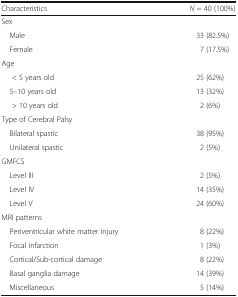
<table><thead><tr><td><b>Characteristics</b></td><td><b><i>N</i> = 40 (100%)</b></td></tr></thead><tbody><tr><td colspan="2">Sex</td></tr><tr><td> Male</td><td>33 (82.5%)</td></tr><tr><td> Female</td><td>7 (17.5%)</td></tr><tr><td colspan="2">Age</td></tr><tr><td>&lt; 5 years old</td><td>25 (62%)</td></tr><tr><td> 5–10 years old</td><td>13 (32%)</td></tr><tr><td>&gt; 10 years old</td><td>2 (6%)</td></tr><tr><td colspan="2">Type of Cerebral Palsy</td></tr><tr><td> Bilateral spastic</td><td>38 (95%)</td></tr><tr><td> Unilateral spastic</td><td>2 (5%)</td></tr><tr><td colspan="2">GMFCS</td></tr><tr><td> Level III</td><td>2 (5%)</td></tr><tr><td> Level IV</td><td>14 (35%)</td></tr><tr><td> Level V</td><td>24 (60%)</td></tr><tr><td colspan="2">MRI patterns</td></tr><tr><td> Periventricular white matter injury</td><td>8 (22%)</td></tr><tr><td> Focal infarction</td><td>1 (3%)</td></tr><tr><td> Cortical/Sub-cortical damage</td><td>8 (22%)</td></tr><tr><td> Basal ganglia damage</td><td>14 (39%)</td></tr><tr><td> Miscellaneous</td><td>5 (14%)</td></tr></tbody></table>